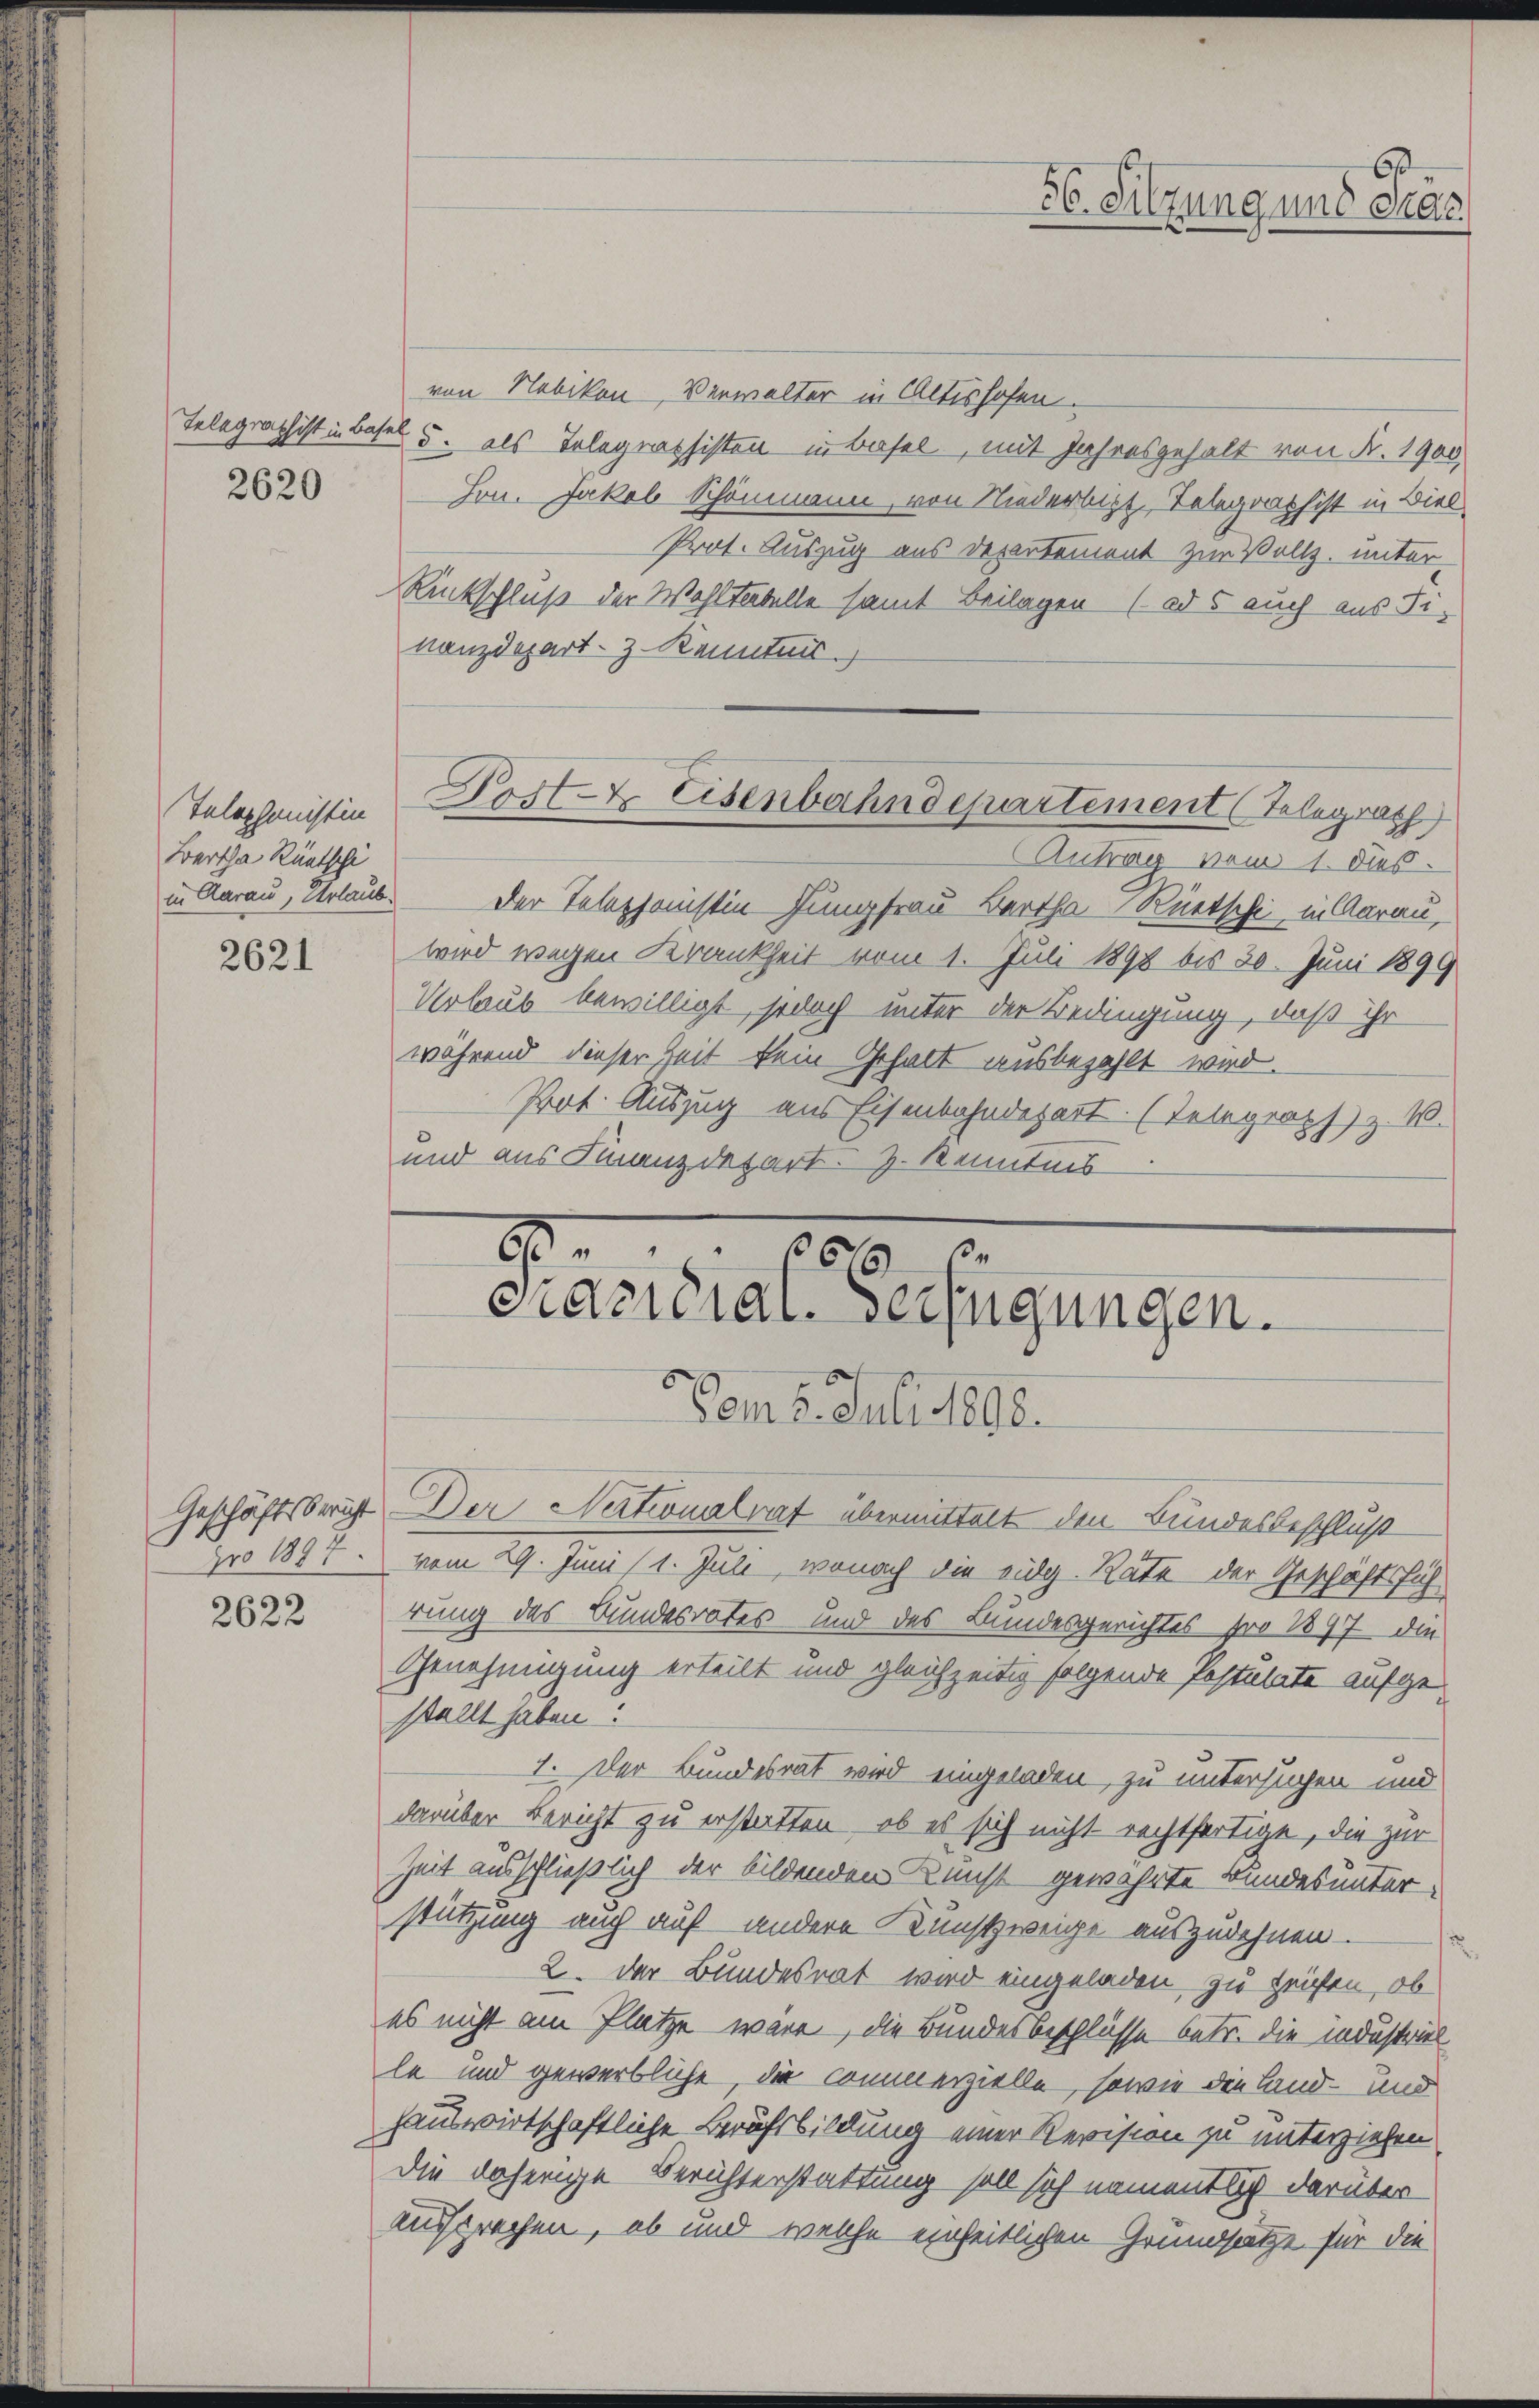
Telegraphist in Basel.

2620

Telephonistin
Bartha Rüetschi
in Aarau, Urlaub

2621

pro 1897.

2622

von Nebikon, Verwalter in Altishofen.
5. als Telegrassisten in Basel, mit Jahresgehalt von Fr. 1900
Fon. Jakob Schönmann, von Niederlicht Telegraphist in Biel
Prot. Auszug aus Departement zur Vollz. unter
Rückschluß der Wohltabelle samt Beilagen (ads auch aus Finanzdepart-Z. Kenntnis
Post- & Eisenbahndepartement (Telegrath
Antrag vom 1. Dies
der Telephonistin Jungfrau Bartha Rüetschi in Aarau,
wird wegen Krankheit vom 1. Juli 1898 bis 30. Juni 1899
Urlaub bewilligt, jedoch unter der Bedingung, daß ihr
während dieser Zeit kein Gehalt ausbezahlt wird.
Prot. Auszug aus Eisenbahndepart. (Telegraph z. B.
und aus Finanzdepart. H. Kenntnis

6
56. Sitzung und dras

9
6
6
casidial-Verfügungen.
Vom 8. Juli 1898.

Geschäftsbricht Der Nationalrat übermittelt den Bundesbeschluß
vom 29. Juni (1. Juli, wonach die vulg. Rate der Geschäftsfüh
rung des Bundesrates und des Bundesgerichtes pro 1897 die
Genehmigung erteilt und gleichzeitig folgende Postulate aufgestellt haben?
1. Der Bundesrat wird eingeladen zu untersuchen und
darüber Bericht zu erstatten, ob es sich nicht rechtfertige, die zur
Zeit ausschließlich der bildenden Kunst gewährte Bundes unter-
stützung auch auf andere Kunstzweige auszudehnen.
2. Der Bundesrat wird eingeladen zu zeigen, ob
es nicht am Platze wäre, die Bundesbeschlüsse betr. die industriel
le und gewerbliche die Commerzielle, sowie die Land- und
hauswirtschaftliche Berufsbildung einer Revision zu unterziehen
Die daherige Berichterstattung soll sich namentlich darüber
Aussprechen, ob und welche einheitlichen Grundsatze für die